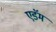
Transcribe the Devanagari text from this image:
एडॅम